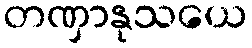
တဏှာနုသယေ